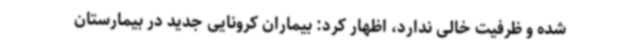
شده و ظرفیت خالی ندارد، اظهار کرد: بیماران کرونایی جدید در بیمارستان